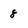
Character: 8